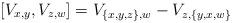
LaTeX: \begin{align*} [V_{x,y}, V_{z,w}] = V_{\{x,y,z\},w} - V_{z,\{y,x,w\}} \end{align*}